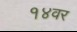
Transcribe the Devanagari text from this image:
१४वर